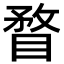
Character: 瞀